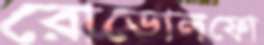
রোডোলফো